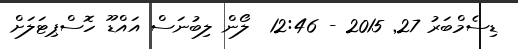
ޑިސެމްބަރު 27